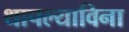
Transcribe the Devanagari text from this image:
थापल्याविना